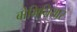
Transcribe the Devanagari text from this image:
बोमिनियार